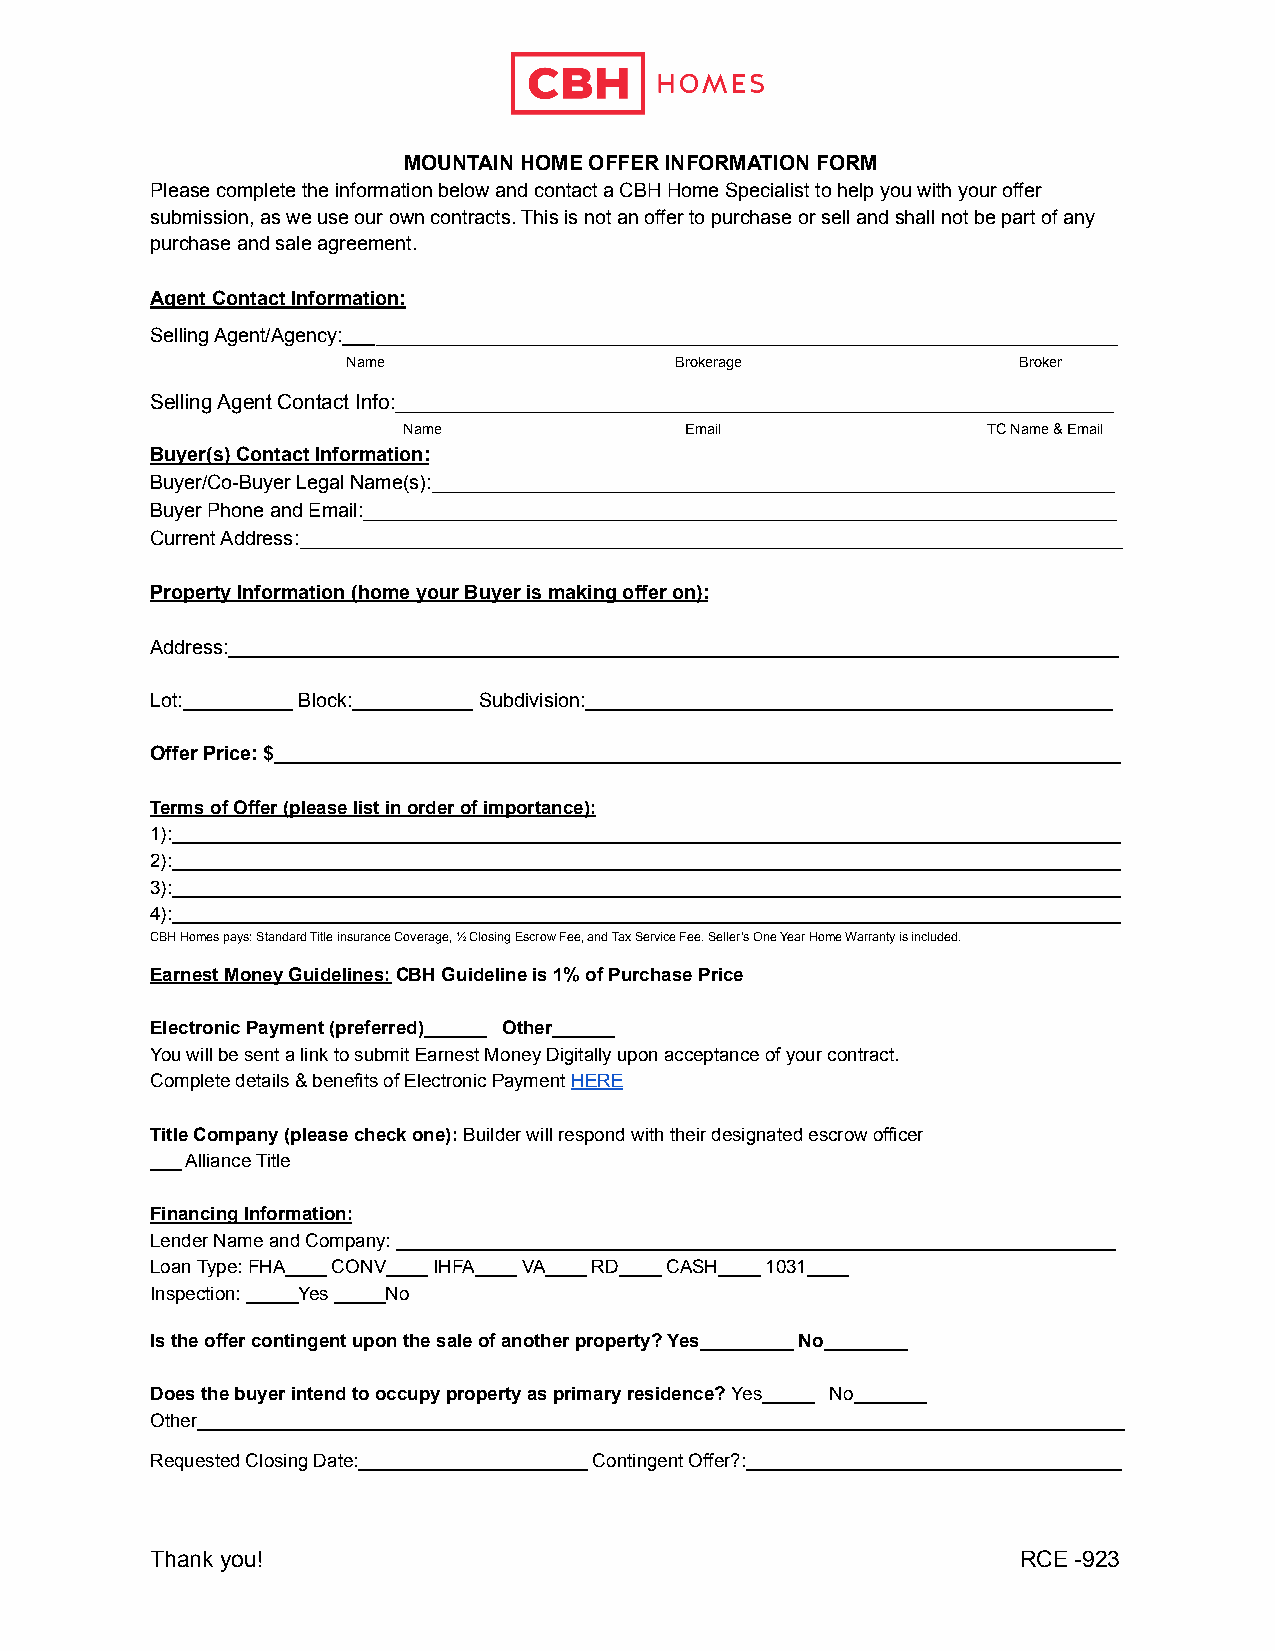
MOUNTAIN HOME OFFER INFORMATION FORM
 Please complete the information below and contact a CBH Home Specialist to help you with your offer
 submission, as we use our own contracts. This is not an offer to purchase or sell and shall not be part of any
 purchase and sale agreement.
 Agent Contact Information:
 Selling Agent/Agency:___________________________________________________________________
 Name                  Brokerage             Broker
 Selling Agent Contact Info:______________________________________________________________
 Name              Email               TC Name & Email
 Buyer(s) Contact Information:
 Buyer/Co-Buyer Legal Name(s):___________________________________________________________
 Buyer Phone and Email:_________________________________________________________________
 Current Address:_______________________________________________________________________
 Property Information (home your Buyer is making offer on):
 Address:_________________________________________________________________________________
 Lot:__________ Block:___________ Subdivision:________________________________________________
 Offer Price: $_____________________________________________________________________________
 Terms of Offer (please list in order of importance):
 1):___________________________________________________________________________________________
 2):___________________________________________________________________________________________
 3):___________________________________________________________________________________________
 4):___________________________________________________________________________________________
 CBH Homes pays: Standard Title insurance Coverage, ½ Closing Escrow Fee, and Tax Service Fee. Seller’s One Year Home Warranty is included.
 Earnest Money Guidelines:CBH Guideline is 1% of PurchasePrice
 Electronic Payment (preferred)______ Other______
 You will be sent a link to submit Earnest Money Digitally upon acceptance of your contract.
 Complete details & benefits of Electronic PaymentHERE
 Title Company (please check one):Builder will respondwith their designated escrow officer
 ___ Alliance Title
 Financing Information:
 Lender Name and Company: _____________________________________________________________________
 Loan Type: FHA____ CONV____ IHFA____ VA____ RD____ CASH____ 1031____
 Inspection: _____Yes _____No
 Is the offer contingent upon the sale of another property? Yes_________ No________
 Does the buyer intend to occupy property as primary residence?Yes_____ No_______
 Other_________________________________________________________________________________________
 Requested Closing Date:______________________ Contingent Offer?:____________________________________
 Thank you!                                                RCE -923